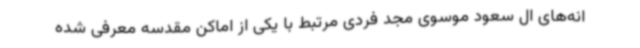
انه‌های ال سعود موسوی مجد فردی مرتبط با یکی از اماکن مقدسه معرفی شده